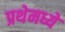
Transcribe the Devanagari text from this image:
प्रथेमध्ये